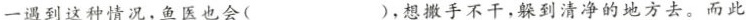
一遇到这种情况，鱼医也会( )，想撒手不干，躲到清净的地方去。而此